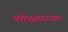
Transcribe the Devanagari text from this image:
मोराझानच्या